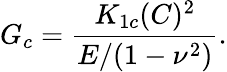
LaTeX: G_{c}=\frac{K_{1c}(C)^{2}}{E/(1-\nu^{2})}.